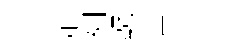
定裯毓苦